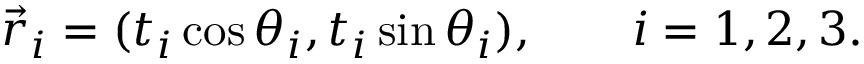
\vec { r } _ { i } = ( t _ { i } \cos \theta _ { i } , t _ { i } \sin \theta _ { i } ) , \qquad i = 1 , 2 , 3 .